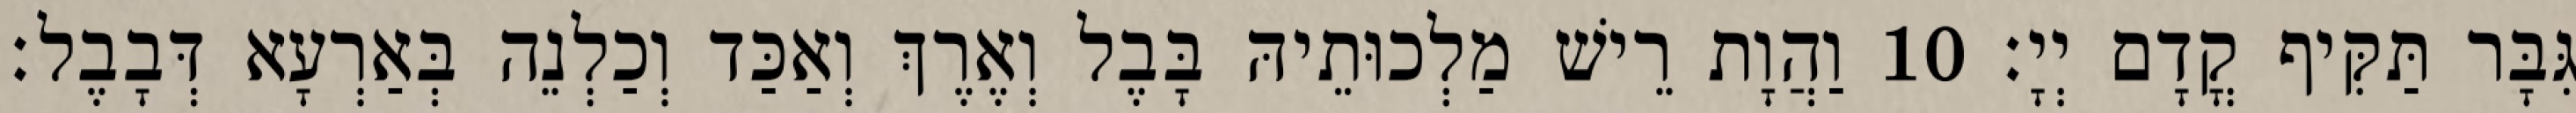
גִּבָּר תַּקִּיף קֳדָם יְיָ׃ 10 וַהֲוָת רֵישׁ מַלְכוּתֵיהּ בָּבֶל וְאֶרֶךְ וְאַכַּד וְכַלְנֵה בְּאַרְעָא דְּבָבֶל׃